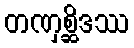
တဏှစ္ဆိဒဿ